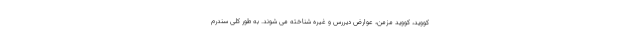
کووید، کووید مزمن، عوارض دیررس و غیره شناخته می شوند. به طور کلی سندرم